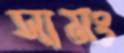
সামং